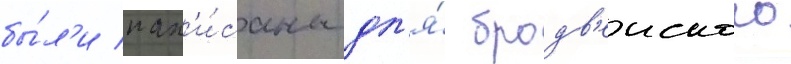
бы́л'и нап'и́саны дл'я́ бродв'еиского